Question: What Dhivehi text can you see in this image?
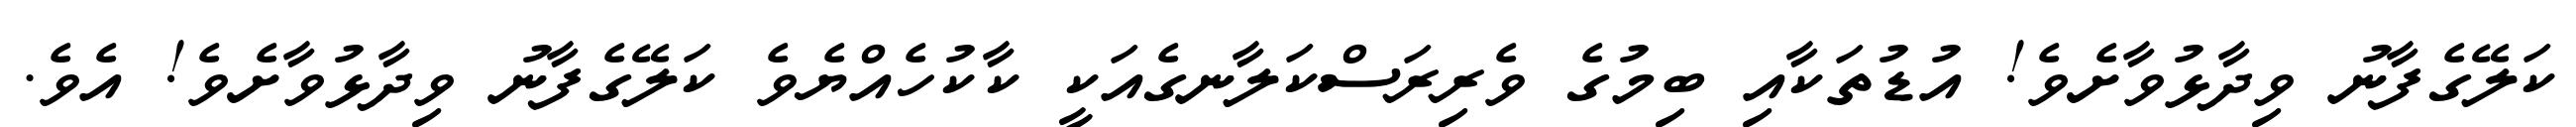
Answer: ކަލޭގެފާނު ވިދާޅުވާށެވެ! އުޑުތަކާއި ބިމުގެ ވެރިރަސްކަލާނގެއަކީ ކާކުހެއްޔެވެ ކަލޭގެފާނު ވިދާޅުވާށެވެ! އެވެ.